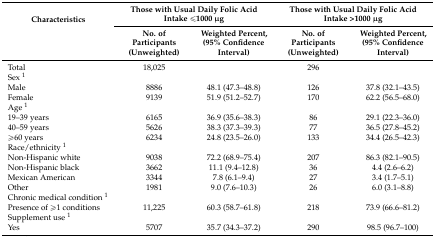
<table><thead><tr><td rowspan="2"><b>Characteristics</b></td><td colspan="2"><b>Those with Usual Daily Folic Acid Intake ≤1000 μg</b></td><td colspan="2"><b>Those with Usual Daily Folic Acid Intake &gt;1000 μg</b></td></tr><tr><td><b>No. of Participants (Unweighted)</b></td><td><b>Weighted Percent, (95% Confidence Interval)</b></td><td><b>No. of Participants (Unweighted)</b></td><td><b>Weighted Percent, (95% Confidence Interval)</b></td></tr></thead><tbody><tr><td>Total</td><td>18,025</td><td></td><td>296</td><td></td></tr><tr><td>Sex <sup>1</sup></td><td></td><td></td><td></td><td></td></tr><tr><td>Male</td><td>8886</td><td>48.1 (47.3–48.8)</td><td>126</td><td>37.8 (32.1–43.5)</td></tr><tr><td>Female</td><td>9139</td><td>51.9 (51.2–52.7)</td><td>170</td><td>62.2 (56.5–68.0)</td></tr><tr><td>Age <sup>1</sup></td><td></td><td></td><td></td><td></td></tr><tr><td>19–39 years</td><td>6165</td><td>36.9 (35.6–38.3) </td><td>86</td><td>29.1 (22.3–36.0) </td></tr><tr><td>40–59 years</td><td>5626</td><td>38.3 (37.3–39.3)</td><td>77</td><td>36.5 (27.8–45.2)</td></tr><tr><td>≥60 years</td><td>6234</td><td>24.8 (23.5–26.0) </td><td>133</td><td>34.4 (26.5–42.3) </td></tr><tr><td>Race/ethnicity <sup>1</sup></td><td></td><td></td><td></td><td></td></tr><tr><td>Non-Hispanic white</td><td>9038</td><td>72.2 (68.9–75.4)</td><td>207</td><td>86.3 (82.1–90.5)</td></tr><tr><td>Non-Hispanic black</td><td>3662</td><td>11.1 (9.4–12.8)</td><td>36</td><td>4.4 (2.6–6.2) </td></tr><tr><td>Mexican American</td><td>3344</td><td>7.8 (6.1–9.4)</td><td>27</td><td>3.4 (1.7–5.1) </td></tr><tr><td>Other</td><td>1981</td><td>9.0 (7.6–10.3)</td><td>26</td><td>6.0 (3.1–8.8) </td></tr><tr><td>Chronic medical condition <sup>1</sup></td><td></td><td></td><td></td><td></td></tr><tr><td>Presence of ≥1 conditions</td><td>11,225</td><td>60.3 (58.7–61.8) </td><td>218</td><td>73.9 (66.6–81.2) </td></tr><tr><td>Supplement use <sup>1</sup></td><td></td><td></td><td></td><td></td></tr><tr><td>Yes</td><td>5707</td><td>35.7 (34.3–37.2) </td><td>290</td><td>98.5 (96.7–100) </td></tr></tbody></table>